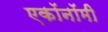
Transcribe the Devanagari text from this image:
एकॉनॉमी